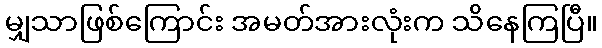
မျှသာဖြစ်ကြောင်း အမတ်အားလုံးက သိနေကြပြီ။